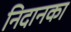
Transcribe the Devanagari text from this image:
निदानका